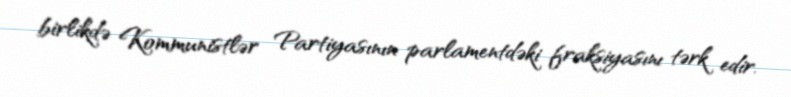
birlikdə Kommunistlər Partiyasının parlamentdəki fraksiyasını tərk edir.